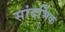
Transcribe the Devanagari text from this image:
सांदर्भिक